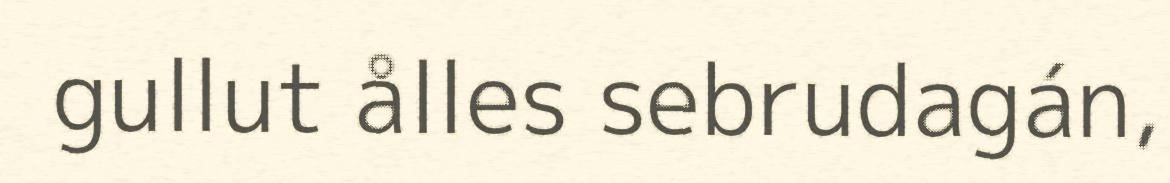
gullut ålles sebrudagán,